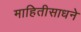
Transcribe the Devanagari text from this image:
माहितीसाधने